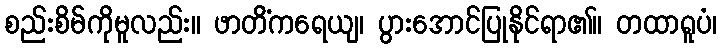
စည်းစိမ်ကိုမူလည်း။ ဖာတိံကရေယျ၊ ပွားအောင်ပြုနိုင်ရာ၏။ တထာရူပံ၊